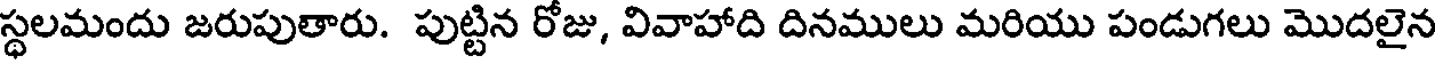
స్థలమందు జరుపుతారు. పుట్టిన రోజు, వివాహాది దినములు మరియు పండుగలు మొదలైన